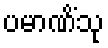
ပမာဏိံသု